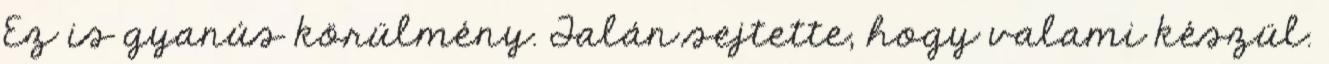
Ez is gyanús körülmény. Talán sejtette, hogy valami készül.